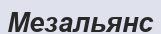
Мезальянс